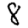
Digit: 8